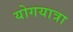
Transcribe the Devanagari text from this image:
योगयात्रा